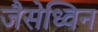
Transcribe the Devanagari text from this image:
जैसेध्विन